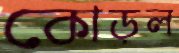
কোড়ল